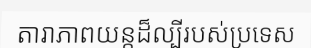
តារាភាពយន្តដ៏ល្បីរបស់ប្រទេស